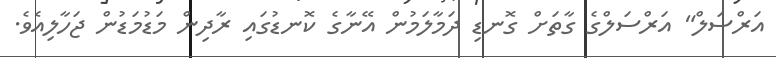
އަރްސަލް" އަރްސަލްގެ ގާތަށް ގޮނޑި ދަމާލަމުން އޭނާގެ ކޮނޑުގައި ރާދިން މަޑުމަޑުން ޖަހާލިއެވެ.